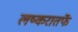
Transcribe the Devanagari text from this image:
लष्करातर्फे